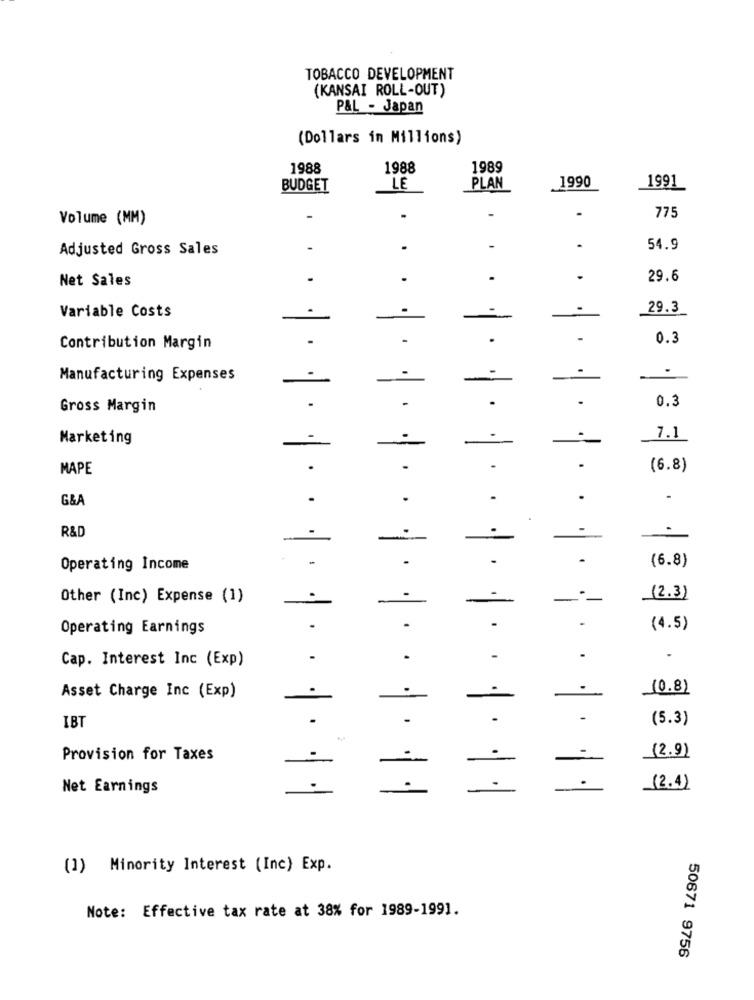
TOBACCO DEVELOPMENT
(KANSAI ROLL-OUT)
P&L - Japan
(Dollars in Millions)
1988
1988
1989
1990
BUDGET
LE
PLAN
1991
.
Volume (MM)
.
775
Adjusted Gross Sales
..
54.9
Net Sales
29.6
.
29.3
Variable Costs
0.3
Contribution Margin
Manufacturing Expenses
-
0.3
Gross Margin
.
Marketing
7.1
MAPE
(6.8)
G&A
.
R&D
Operating Income
(6.8)
Other (Inc) Expense (1)
---
(2.3)
Operating Earnings
(4.5)
Cap. Interest Inc (Exp)
(0.8)
Asset Charge Inc (Exp)
.
-
(5.3)
IBT
Provision for Taxes
(2.9)
Net Earnings
.
.
(2.4)
(1) Minority Interest (Inc) Exp.
Note: Effective tax rate at 38% for 1989-1991.
50671 9756